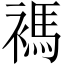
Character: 𧜗